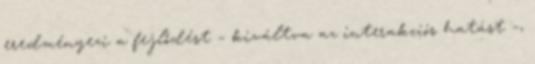
eredményezi a fejlődést – kiváltva az interakciós hatást –,